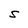
Character: S